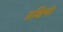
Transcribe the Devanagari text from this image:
प्रक्षिणी